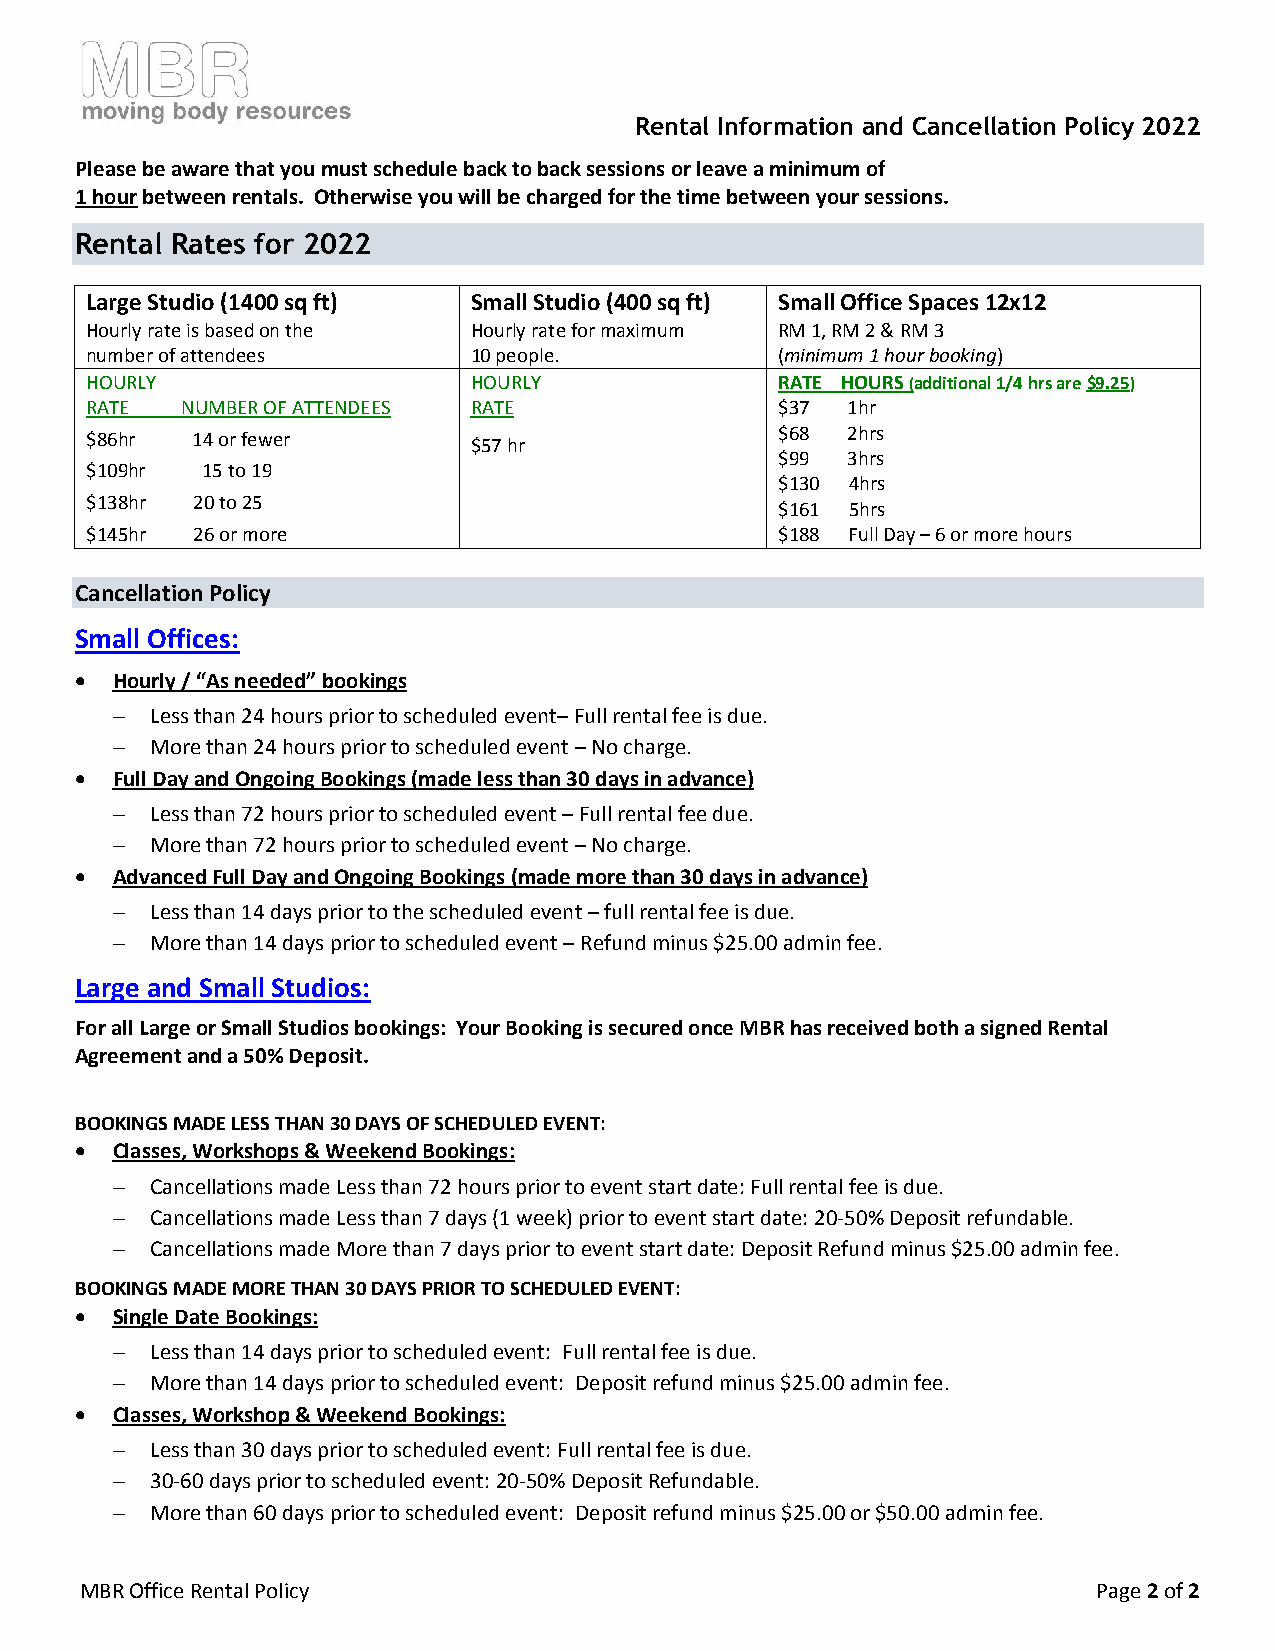
Rental Information and Cancellation Policy 2022
 Please be aware that you must schedule back to back sessions or leave a minimum of
 1 hour between rentals. Otherwise you will be charged for the time between your sessions.
 Rental Rates for 2022
 Large Studio (1400 sq ft) Small Studio (400 sq ft) Small Office Spaces 12x12
 Hourly rate is based on the Hourly rate for maximum RM 1, RM 2 & RM 3
 number of attendees      10 people.           (minimum 1 hour booking)
 HOURLY                   HOURLY               RATE HOURS (additional 1/4 hrs are $9.25)
 RATE  NUMBER OF ATTENDEES RATE                $37 1hr
 $86hr  14 or fewer       $57 hr               $68 2hrs
 $99 3hrs
 $109hr 15 to 19
 $130 4hrs
 $138hr 20 to 25
 $161 5hrs
 $145hr 26 or more                             $188 Full Day – 6 or more hours
 Cancellation Policy
 Small Offices:
  Hourly / “As needed” bookings
   Less than 24 hours prior to scheduled event– Full rental fee is due.
   More than 24 hours prior to scheduled event – No charge.
  Full Day and Ongoing Bookings (made less than 30 days in advance)
   Less than 72 hours prior to scheduled event – Full rental fee due.
   More than 72 hours prior to scheduled event – No charge.
  Advanced Full Day and Ongoing Bookings (made more than 30 days in advance)
   Less than 14 days prior to the scheduled event – full rental fee is due.
   More than 14 days prior to scheduled event – Refund minus $25.00 admin fee.
 Large and Small Studios:
 For all Large or Small Studios bookings: Your Booking is secured once MBR has received both a signed Rental
 Agreement and a 50% Deposit.
 BOOKINGS MADE LESS THAN 30 DAYS OF SCHEDULED EVENT:
  Classes, Workshops & Weekend Bookings:
   Cancellations made Less than 72 hours prior to event start date: Full rental fee is due.
   Cancellations made Less than 7 days (1 week) prior to event start date: 20-50% Deposit refundable.
   Cancellations made More than 7 days prior to event start date: Deposit Refund minus $25.00 admin fee.
 BOOKINGS MADE MORE THAN 30 DAYS PRIOR TO SCHEDULED EVENT:
  Single Date Bookings:
   Less than 14 days prior to scheduled event: Full rental fee is due.
   More than 14 days prior to scheduled event: Deposit refund minus $25.00 admin fee.
  Classes, Workshop & Weekend Bookings:
   Less than 30 days prior to scheduled event: Full rental fee is due.
   30-60 days prior to scheduled event: 20-50% Deposit Refundable.
   More than 60 days prior to scheduled event: Deposit refund minus $25.00 or $50.00 admin fee.
 MBR Office Rental Policy                                            Page 2 of 2